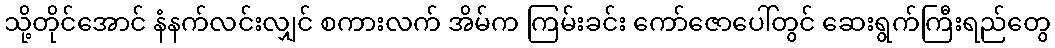
သို့တိုင်အောင် နံနက်လင်းလျှင် စကားလက် အိမ်က ကြမ်းခင်း ကော်ဇောပေါ်တွင် ဆေးရွက်ကြီးရည်တွေ